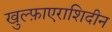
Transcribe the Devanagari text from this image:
खुल्फ़ाएराशिदीन